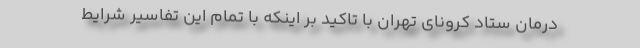
درمان ستاد کرونای تهران با تاکید بر اینکه با تمام این تفاسیر شرایط